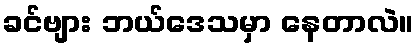
ခင်ဗျား ဘယ်ဒေသမှာ နေတာလဲ။